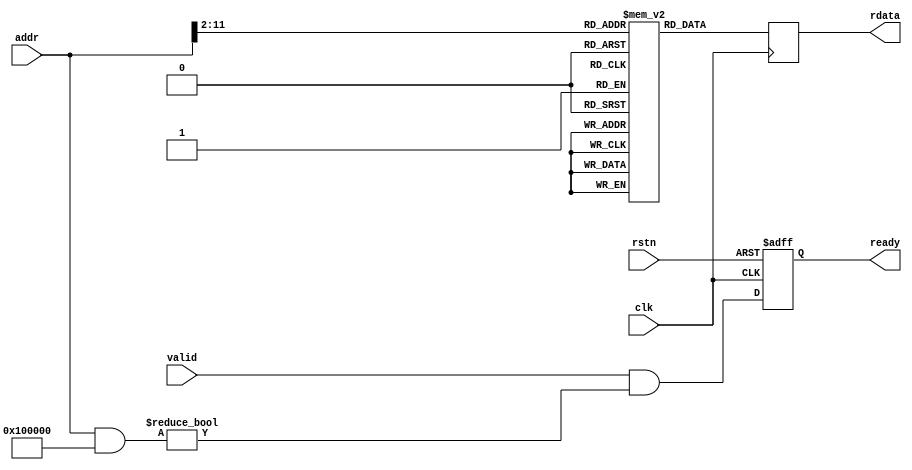
module progmem (
    // Closk & reset
    input wire clk,
    input wire rstn,

    // PicoRV32 bus interface
    input  wire        valid,
    output wire        ready,
    input  wire [31:0] addr,
    output wire [31:0] rdata
);

  // ============================================================================

  localparam MEM_SIZE_BITS = 10;  // In 32-bit words
  localparam MEM_SIZE = 1 << MEM_SIZE_BITS;
  localparam MEM_ADDR_MASK = 32'h0010_0000;

  // ============================================================================

  wire [MEM_SIZE_BITS-1:0] mem_addr;
  reg  [             31:0] mem_data;
  reg  [             31:0] mem      [0:MEM_SIZE];

  initial begin

  mem['h0000] <= 32'h200107b7;
  mem['h0001] <= 32'h09800713;
  mem['h0002] <= 32'h00e7a623;
  mem['h0003] <= 32'h000f0737;
  mem['h0004] <= 32'h00170713;
  mem['h0005] <= 32'h00e7a023;
  mem['h0006] <= 32'h00002737;
  mem['h0007] <= 32'h00e7a823;
  mem['h0008] <= 32'h20010737;
  mem['h0009] <= 32'h00472783;
  mem['h000A] <= 32'h0027f793;
  mem['h000B] <= 32'hfe078ce3;
  mem['h000C] <= 32'h09800793;
  mem['h000D] <= 32'h00f72623;
  mem['h000E] <= 32'h000f07b7;
  mem['h000F] <= 32'h00578793;
  mem['h0010] <= 32'h00f72023;
  mem['h0011] <= 32'h000027b7;
  mem['h0012] <= 32'h00f72823;
  mem['h0013] <= 32'h20010737;
  mem['h0014] <= 32'h00472783;
  mem['h0015] <= 32'h0027f793;
  mem['h0016] <= 32'hfe078ce3;
  mem['h0017] <= 32'h09800793;
  mem['h0018] <= 32'h00f72623;
  mem['h0019] <= 32'h000f07b7;
  mem['h001A] <= 32'h00978793;
  mem['h001B] <= 32'h00f72023;
  mem['h001C] <= 32'h000027b7;
  mem['h001D] <= 32'h00f72823;
  mem['h001E] <= 32'h20010737;
  mem['h001F] <= 32'h00472783;
  mem['h0020] <= 32'h0027f793;
  mem['h0021] <= 32'hfe078ce3;
  mem['h0022] <= 32'h09800793;
  mem['h0023] <= 32'h00f72623;
  mem['h0024] <= 32'h000f07b7;
  mem['h0025] <= 32'h00d78793;
  mem['h0026] <= 32'h00f72023;
  mem['h0027] <= 32'h000027b7;
  mem['h0028] <= 32'h00f72823;
  mem['h0029] <= 32'h0000006f;

  end

  always @(posedge clk) mem_data <= mem[mem_addr];

  // ============================================================================

  reg o_ready;

  always @(posedge clk or negedge rstn)
    if (!rstn) o_ready <= 1'd0;
    else o_ready <= valid && ((addr & MEM_ADDR_MASK) != 0);

  // Output connectins
  assign ready    = o_ready;
  assign rdata    = mem_data;
  assign mem_addr = addr[MEM_SIZE_BITS+1:2];

endmodule